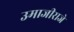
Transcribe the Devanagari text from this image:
उमाजीराजे